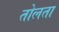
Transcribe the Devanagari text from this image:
तोलता